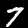
Digit: 7